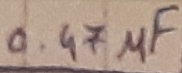
Text: 0.47µF